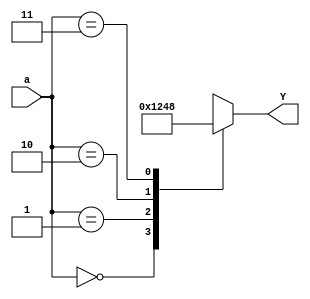
module decoder4 (
 input      [1:0] a,
 output reg [3:0] Y
);
 always @(*) begin
   case(a)
     2'b00 : Y=4'b0001;
     2'b01 : Y=4'b0010;
     2'b10 : Y=4'b0100;
     2'b11 : Y=4'b1000;
     default : Y=4'b0000;
   endcase
 end
endmodule